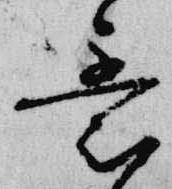
意